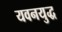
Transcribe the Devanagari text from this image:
यवनयुद्ध